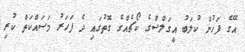
އޭގެ ފަހުން ކުލަބު އީގަލްސްގެ ކޯޗެއްގެ ގޮތުގައި ދެ ފަހަރު މަސައްކަތް ކުރި